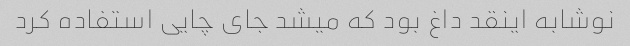
نوشابه اینقد داغ بود که میشد جای چایی استفاده کرد